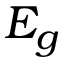
E _ { g }